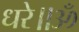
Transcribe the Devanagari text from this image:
धरे॥ॐ